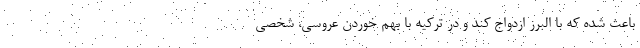
باعث شده که با البرز ازدواج کند و در ترکیه با بهم خوردن عروسی، شخصی